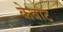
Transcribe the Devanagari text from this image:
केबाट